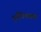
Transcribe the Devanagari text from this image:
दुर्गंधिनाशक